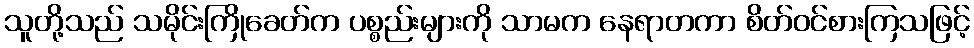
သူတို့သည် သမိုင်းကြိုခေတ်က ပစ္စည်းများကို သာမက နေရာတကာ စိတ်ဝင်စားကြသဖြင့်